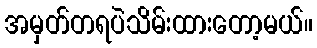
အမှတ်တရပဲသိမ်းထားတော့မယ်။